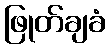
ဖြုတ်ချခံ